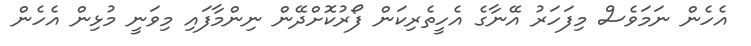
އެހެން ނަމަވެސް މިފަހަރު އޭނާގެ އެހީތެރިކަން ފޯރުކޮށްދޭން ނިންމާފައި މިވަނީ މުޅިން އެހެން